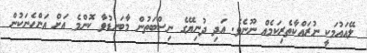
ލޭއައުމަކީ ނުރައްކާތެރިކަމެއް ނޫނެވެ. އަދި ދުނިޔޭގެ ނިސްބަތުން މާބަނޑުވާ ކޮންމެ އަށް އަންހެނަކުން